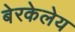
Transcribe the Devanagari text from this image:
बेरकेलेय